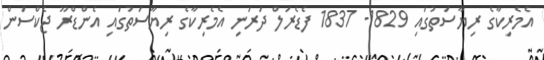
އެމެރިކާގެ ރިޔާސަތުގައި 1829- 1837 ފެޑެރަލް ދަރަނި އެމެރިކާގެ ރިޔާސަތުގައި އެންޑްރޫ ޖެކްސަން